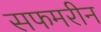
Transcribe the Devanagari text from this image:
सफमरीन